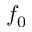
f _ { 0 }